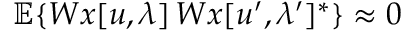
{ \mathbb E } \{ W x [ u , \lambda ] \, W x [ u ^ { \prime } , \lambda ^ { \prime } ] ^ { * } \} \approx 0